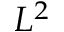
L ^ { 2 }